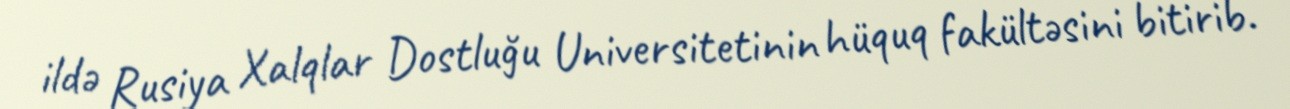
ildə Rusiya Xalqlar Dostluğu Universitetinin hüquq fakültəsini bitirib.